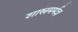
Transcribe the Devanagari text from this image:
शास्त्रमर्मज्ञ